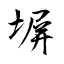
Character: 塀